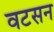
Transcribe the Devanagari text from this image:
वटसन